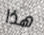
هذا